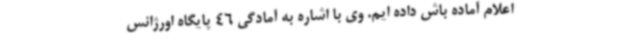
اعلام آماده باش داده ایم. وی با اشاره به آمادگی 46 پایگاه اورژانس